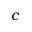
c